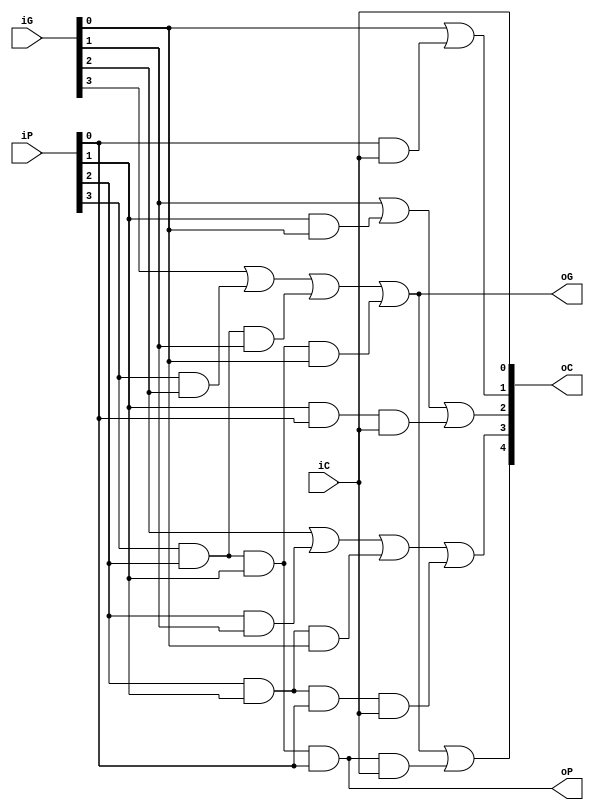
module CLA4(
    input  [3:0] iG,
    input  [3:0] iP,
    input  iC,
    output oG,
    output oP,
    output [4:0] oC
);

    assign oC[0] = iC;
    assign oC[1] = iG[0] | (iP[0] & oC[0]);
    assign oC[2] = iG[1] | (iP[1] & iG[0]) | (iP[1] & iP[0] & oC[0]);
    assign oC[3] = iG[2] | (iP[2] & iG[1]) | (iP[2] & iP[1] & iG[0]) | (iP[2] & iP[1] & iP[0] & oC[0]);

    assign oG = iG[3] | (iP[3] & iG[2]) | (iP[3] & iP[2] & iG[1]) | (iP[3] & iP[2] & iP[1] & iG[0]);
    assign oP = iP[3] & iP[2] & iP[1] & iP[0];

    assign oC[4] = oG | (oP & oC[0]);

endmodule

/**
 * @brief 4
 */
module Adder4(
    input  [3:0] iA,
    input  [3:0] iB,
    input  iC,
    output [3:0] oS,
    output oG,
    output oP,
    output oC
);
    wire [3:0] G = iA & iB;     // 
    wire [3:0] P = iA | iB;     // 
    wire [3:0] C;

    CLA4 cla(.iG(G), .iP(P), .iC(iC), .oG(oG), .oP(oP), .oC({oC, C}));

    assign oS = iA ^ iB ^ C;

endmodule